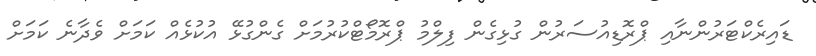
ޑައިރެކްޓަރުންނާއި ޕްރޮޑިއުސަރުން ގުޅިގެން ފިލްމު ޕްރޮމޯޓްކުރުމަށް ގެންގުޅޭ އުކުޅެއް ކަމަށް ވެދާނެ ކަމަށް